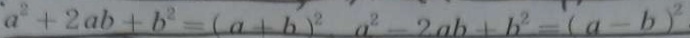
a ^ { 2 } + 2 a b + b ^ { 2 } = ( a + b ) ^ { 2 } a ^ { 2 } - 2 a b + b ^ { 2 } = ( a - b ) ^ { 2 }